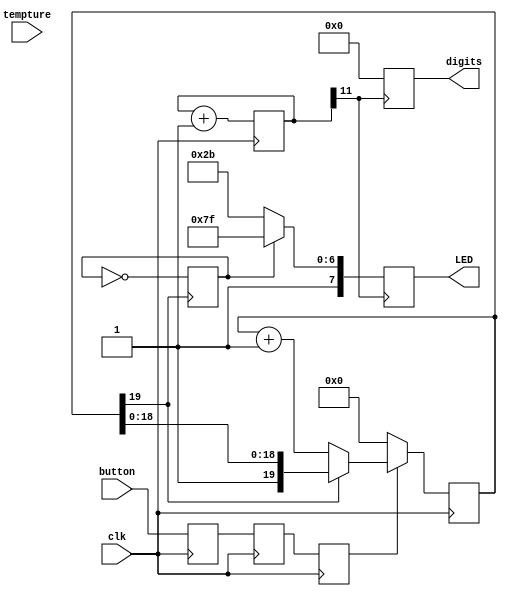
module DHT11(clk,button,LED,digits,tempture);
parameter bounce = 20; // 
input clk;
input button;
reg [bounce-1:0] cnt; // -

// 
output reg[7:0] LED; 
output reg[3:0] digits;
// 
input tempture; //DHT11 

reg turn; // 


reg button_syn0,button_syn1,button_Init; //

always@(posedge clk)
begin
//
button_syn0<=button;
button_syn1<=button_syn0;
button_Init<=button_syn1;
end

always @(posedge clk) begin
if(!button_Init)begin //10
    cnt <= 0;
    end
    // cnt <= {bounce{1'b0}};
else if(!cnt[bounce-1])begin
    cnt<=cnt+1'b1;
    end

end


always @(posedge cnt[bounce-1])begin
    turn <= ~turn;
end









reg[11:0] freq;
always@(posedge clk)freq=freq+1;
always @(posedge freq[11])
begin

end


always@(posedge freq[11]) 
begin
if(turn==1)
begin
 LED<=8'b11111111;
 digits<=4'b0000;
end
else
begin
 LED<=8'b10101011;
 digits<=4'b0000;
end

end



endmodule